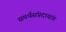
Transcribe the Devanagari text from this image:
समर्थसंप्रदायांत